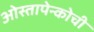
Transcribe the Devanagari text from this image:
ओस्तापेन्कोची